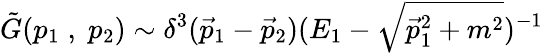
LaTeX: \tilde{G}(p_{1}\; ,\; p_{2})\sim\delta^{3}(\vec{p}_{1}-\vec{p}_{2})(E_{1}-\sqrt{\vec{p}_{1}^{2}+m^{2}})^{-1}